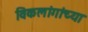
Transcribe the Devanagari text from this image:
विकलांगांच्या